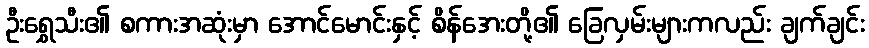
ဦးရွှေသီး၏ စကားအဆုံးမှာ အောင်မောင်းနှင့် စိန်အေးတို့၏ ခြေလှမ်းများကလည်း ချက်ချင်း